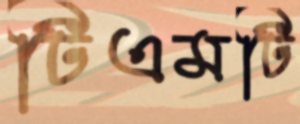
টিএমটি